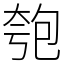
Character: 匏